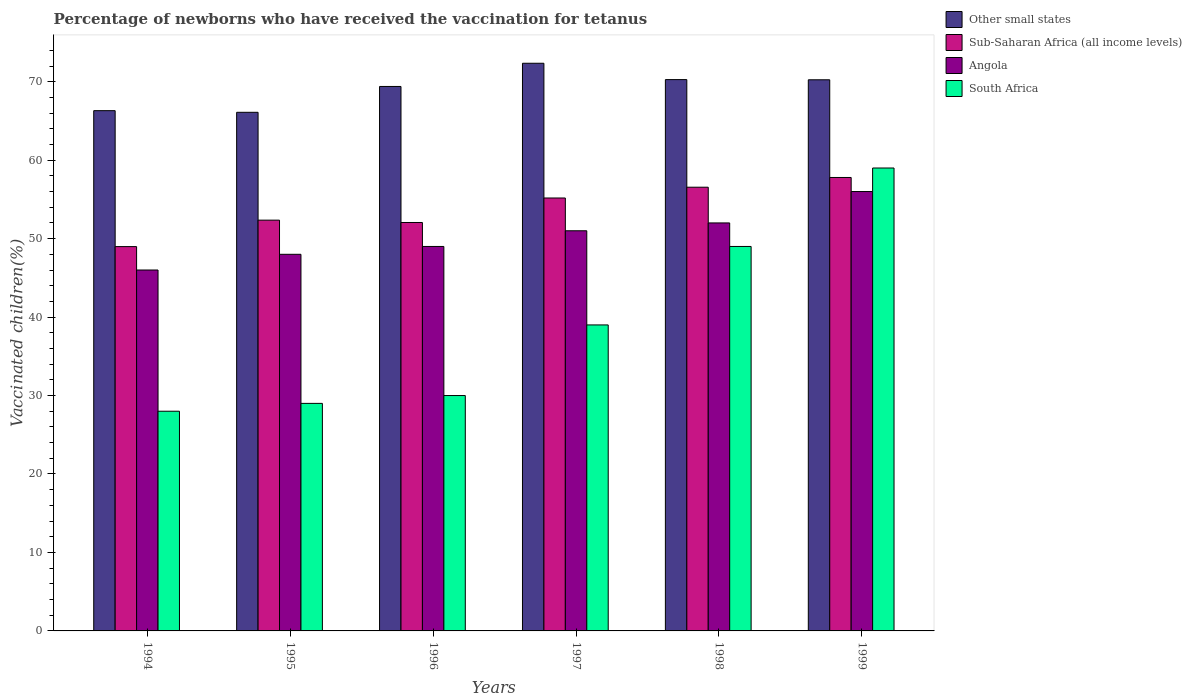
| Years | Other small states | Sub-Saharan Africa (all income levels) | Angola | South Africa |
 | --- | --- | --- | --- | --- |
 | 1994 | 66.3 | 49 | 46 | 28 |
 | 1995 | 66.1 | 52.4 | 48 | 29 |
 | 1996 | 69.4 | 52.1 | 49 | 30 |
 | 1997 | 72.3 | 55.2 | 51 | 39 |
 | 1998 | 70.3 | 56.6 | 52 | 49 |
 | 1999 | 70.2 | 57.8 | 56 | 59 |